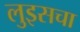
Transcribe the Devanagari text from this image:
लुइसचा